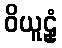
ဝိယူဠှံ